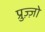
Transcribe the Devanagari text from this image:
प्रुज़्ज़ो